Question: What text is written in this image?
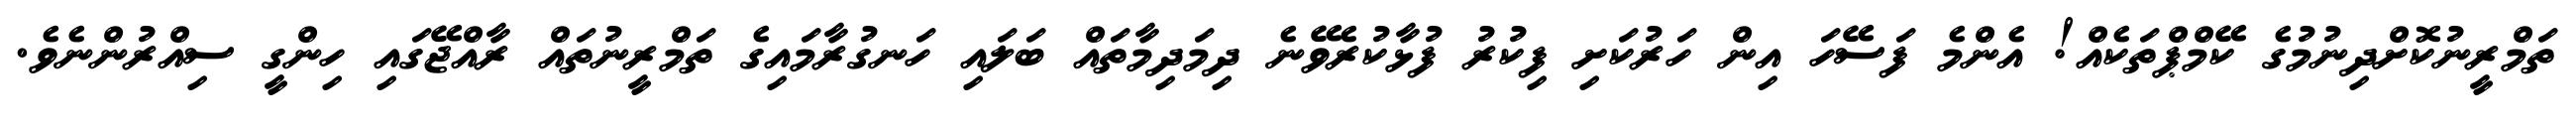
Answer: ތަމްރީނުކޮށްދިނުމުގެ ކޭމްޕްތަކެއް! އެންމެ ފަސޭހަ އިން ހަރުކަށި ފިކުރު ފުޅާކުރެވޭނެ ދިމަދިމާތައް ބަލައި ހަނގުރާމައިގެ ތަމްރީނުތައް ރާއްޖޭގައި ހިންގީ ސިއްރުންނެވެ.